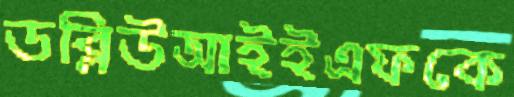
ডব্লিউআইইএফকে